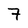
Character: 7